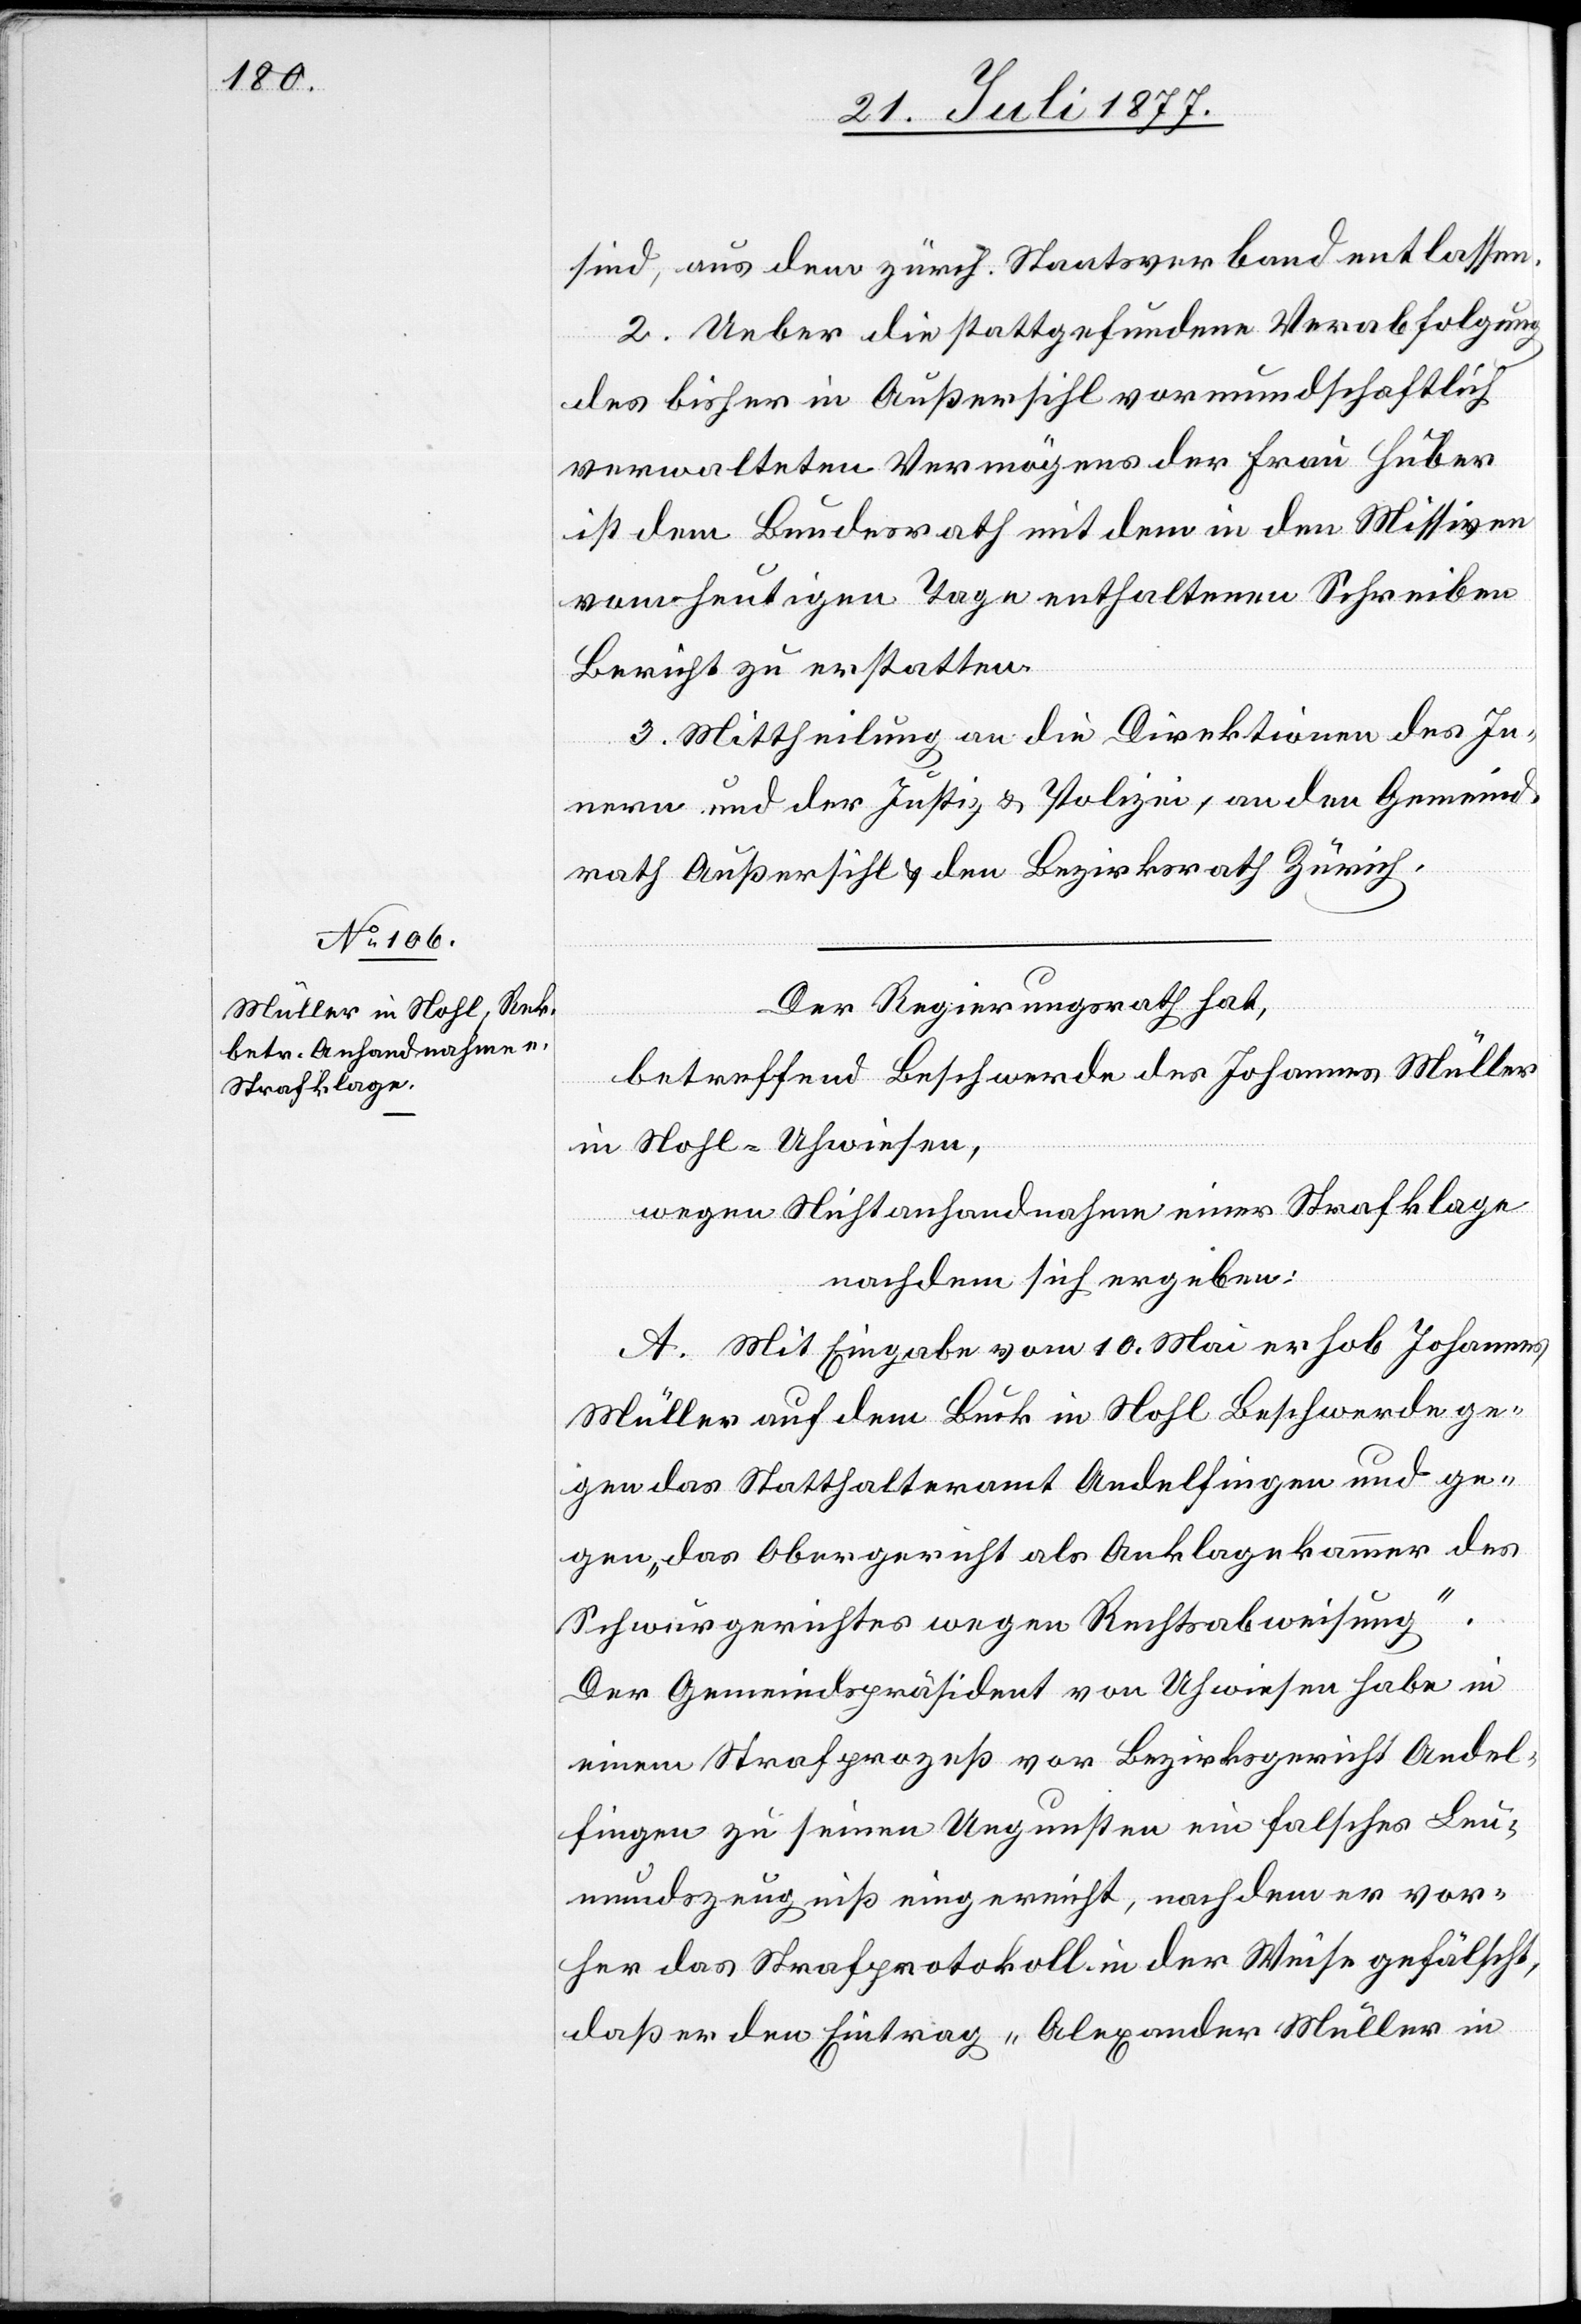
sind, aus dem zürch. Staatsverband entlassen.
2. Ueber die stattgefundene Verabfolgung
des bisher in Außersihl vormundschaftlich
verwalteten Vermögens der Frau Huber
ist dem Bundesrath mit dem in den Missiven
vom heutigen Tage enthaltenen Schreiben
Bericht zu erstatten.
3. Mittheilung an die Direktionen des In¬
nern und der Justiz & Polizei, an den Gemeind¬
rath Außersihl & den Bezirksrath Zürich.
Der Regierungsrath hat,
betreffend Beschwerde des Johannes Müller
in Nohl - Uhwiesen,
wegen Nichtanhandnahme einer Strafklage
nachdem sich ergeben:
A. Mit Eingabe vom 10. Mai erhob Johannes
Müller auf dem Buck in Nohl Beschwerde ge¬
gen das Statthalteramt Andelfingen und ge¬
gen „das Obergericht als Anklagekammer des
Schwurgerichtes wegen Rechtsabweisung“.
Der Gemeindspräsident von Uhwiesen habe in
einem Strafprozeß vor Bezirksgericht Andel¬
fingen zu seinen Ungunsten ein falsches Leu¬
mundszeugniß eingereicht, nachdem er vor¬
her das Strafprotokoll in der Weise gefälscht,
daß er den Eintrag „Alexander Müller in